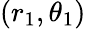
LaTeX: (r_{1},\theta_{1})